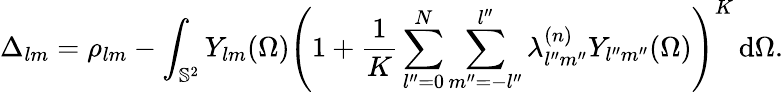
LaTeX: \Delta_{lm}=\rho_{lm}-\int_{\mathbb{S}^{2}}Y_{lm}(\Omega)\left(1+\frac{1}{K}\sum_{l^{\prime\prime}=0}^{N}\sum_{m^{\prime\prime}=-l^{\prime\prime}}^{l^{\prime\prime}}\lambda_{l^{\prime\prime}m^{\prime\prime}}^{(n)}Y_{l^{\prime\prime}m^{\prime\prime}}(\Omega)\right)^{K}\, \mathrm{d}\Omega.